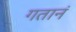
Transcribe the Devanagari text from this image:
गतानं